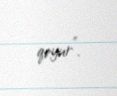
qoyur”.